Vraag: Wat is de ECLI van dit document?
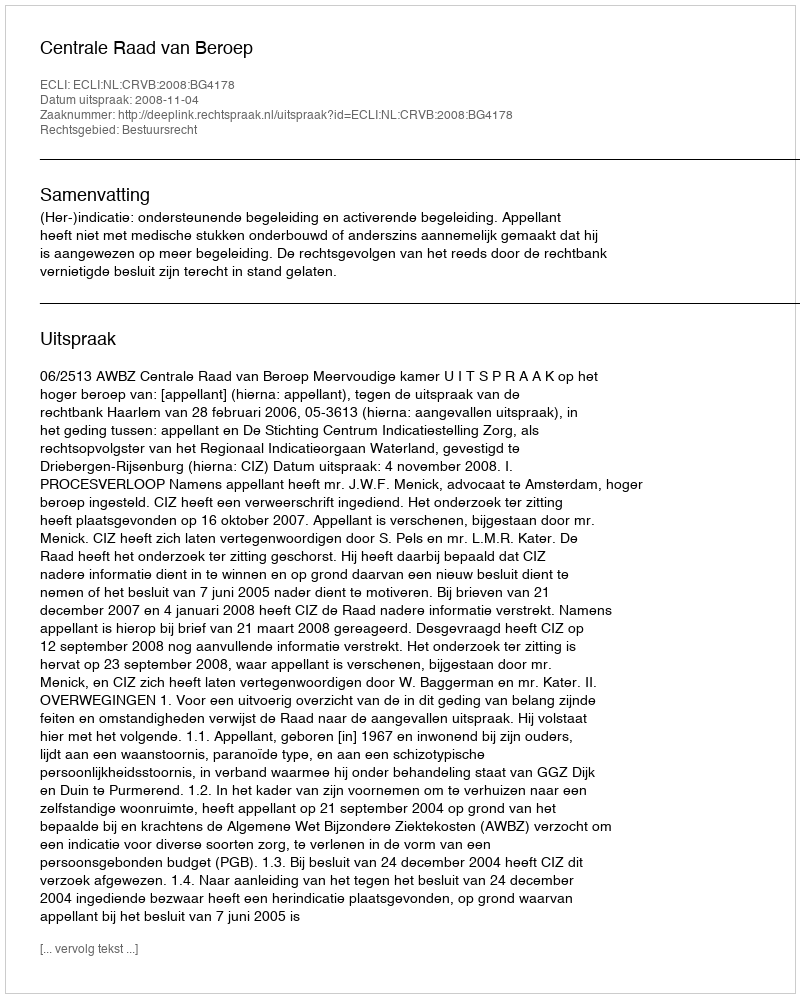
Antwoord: ECLI:NL:CRVB:2008:BG4178